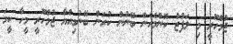
ޖުމްހޫރީ މި ލަފުޒު ކޮންމެހެން ބޭނުން ކުރަން ބޭނުމިއްޔާ ޖުމްހޫރީ މީހާ ކީމަ